Lunatic asylums in Bengal annual reports 1912-1924 - 1912-1924
Year: 1912
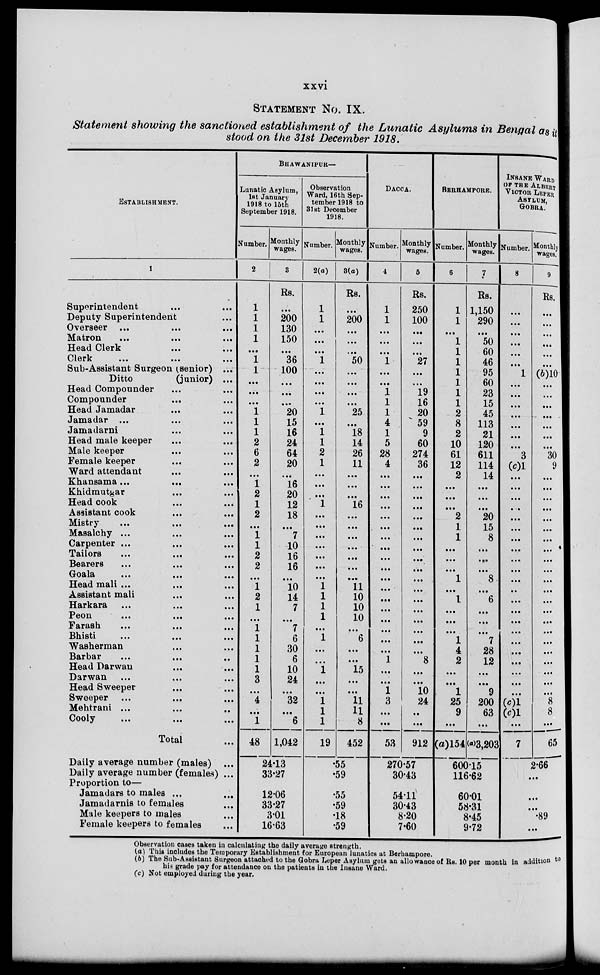
xxvi
STATEMENT NO. IX.
Statement showing the sanctioned establishment of the Lunatic Asylums in Bengal as it
stood on the 31st December 1918.
ESTABLISHMENT.
1
Superintendent ... ...
Deputy Superintendent ...
Overseer
...
...
...
Matron
...
...
...
Head Clerk ... ...
Clerk ... ... ...
Sub-Assistant Surgeon (senior) ...
Ditto
(junior) ...
Head Compounder ... ...
Compounder ... ...
Head Jamadar ... ...
Jamadar ... ... ...
Jamadarni ... ...
Head male keeper ... ...
Male keeper ... ...
Female keeper ... ...
Ward attendant ... ...
Khansama...
...
...
Khidmutgar ... ...
Head cook ... ...
Assistant cook ... ...
Mistry
...
...
...
Masalchy ... ... ...
Carpenter ... ... ...
Tailors ... ... ...
Bearers
...
...
...
Goala
...
...
...
Head mali ... ... ...
Assistant mali ... ... ...
Harkara ... ... ...
Peon
...
...
...
Farash ... ... ...
Bhisti
...
...
...
Washerman ... ...
Barbar ... ... ...
Head Darwan ... ... ...
Darwan ...
... ...
Head Sweeper ... ... ...
Sweeper ... ... ...
Mehtrani ... ... ...
Cooly
...
...
...
Total ...
Daily average number (males) ...
Daily average number (females) ...
Proportion to—
Jamadars to males ... ...
Jamadarnis to females ...
Male keepers to males ...
Female keepers to females ...
BHAWANIPORE—
Lunatic Asylum,
1st January
1918 to 15th
September 1918.
Number.
2
1
1
1
1
...
1
1
...
...
...
1
1
1
2
6
2
...
1
2
1
2
...
1
1
2
2
...
1
2
1
...
1
1
1
1
1
3
...
4
...
1
48
Monthly
wages.
3
Rs.
...
200
130
150
...
36
100
...
...
...
20
15
16
24
64
20
...
16
20
12
18
...
7
10
16
16
...
10
14
7
...
7
6
30
6
10
24
...
32
...
6
1,042
24.13
33.27
12.06
33.27
3.01
16.63
Observation
Ward, 16th Sep-
tember 1918 to
31st December
1918.
Number.
2(a)
1
1
...
...
...
1
...
...
...
...
1
...
1
1
2
1
...
...
...
1
...
...
...
...
...
...
...
1
1
1
1
...
1
...
...
1
...
...
1
1
1
19
Monthly
wages.
3 (a)
Rs.
...
200
...
...
...
50
...
...
...
...
25
...
18
14
26
11
...
...
...
16
...
...
...
...
...
...
...
11
10
10
10
...
6
...
...
15
...
...
11
11
8
452
.55
.59
.55
.59
.18
.59
DACCA.
Number.
4
1
1
...
...
...
1
...
...
1
1
1
4
1
5
28
4
...
...
...
...
...
...
...
...
...
...
...
...
...
...
...
...
...
...
1
...
...
1
3
...
...
53
Monthly
wages.
5
Rs.
250
100
...
...
...
27
...
...
19
16
20
59
9
60
274
36
...
...
...
...
...
...
...
...
...
...
...
...
...
...
...
...
...
...
8
...
...
10
24
...
...
912
270.57
30.43
54.11
30.43
8.20
7.60
BERHAMPORE.
Number.
6
1
1
...
1
1
1
1
1
1
1
2
8
2
10
61
12
2
...
...
...
2
1
1
...
...
...
1
...
1
...
...
...
1
4
2
...
...
1
25
9
...
(a)154
Monthly
wages.
7
Rs.
1,150
290
...
50
60
46
95
60
23
15
45
113
21
120
611
114
14
...
...
...
20
15
8
...
...
...
8
...
6
...
...
...
7
28
12
...
...
9
200
63
...
(a)3,203
600.15
116.62
60.01
58.31
8.45
9.72
INSANE WARD
OF THE ALBERT
VICTOR LEPER
ASYLUM,
GOBRA.
Number.
8
...
...
...
...
...
...
1
...
...
...
...
...
...
...
3
(c)1
....
...
...
...
...
...
...
...
...
...
...
...
...
...
...
...
...
...
...
...
...
...
(c)1
(c)1
...
7
Monthly
wages.
9
Rs.
...
...
...
...
...
...
(b)10
...
...
...
...
...
...
...
30
9
...
...
...
...
...
...
...
...
...
...
...
...
...
...
...
...
...
...
...
...
...
...
8
8
...
65
2.66
...
...
...
.89
...
Observation cases taken in calculating the daily average strength.
(a) This includes the Temporary Establishment for European lunatics at Berhampore.
(b) The Sub-Assistant Surgeon attached to the Gobra Leper Asylum gets an allowance of Rs. 10 per month in addition to
his grade pay for attendance on the patients in the Insane Ward.
(c) Not employed during the year.